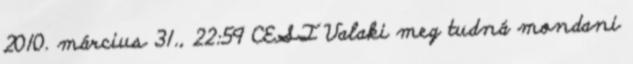
2010. március 31., 22:59 CEST Valaki meg tudná mondani